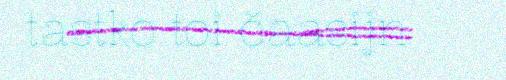
tastko toi čaasijn